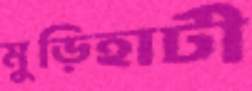
মুড়িহাটী